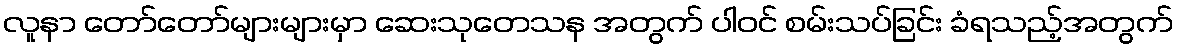
လူနာ တော်တော်များများမှာ ဆေးသုတေသန အတွက် ပါဝင် စမ်းသပ်ခြင်း ခံရသည့်အတွက်